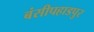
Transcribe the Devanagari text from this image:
बंसीपहाडपुर